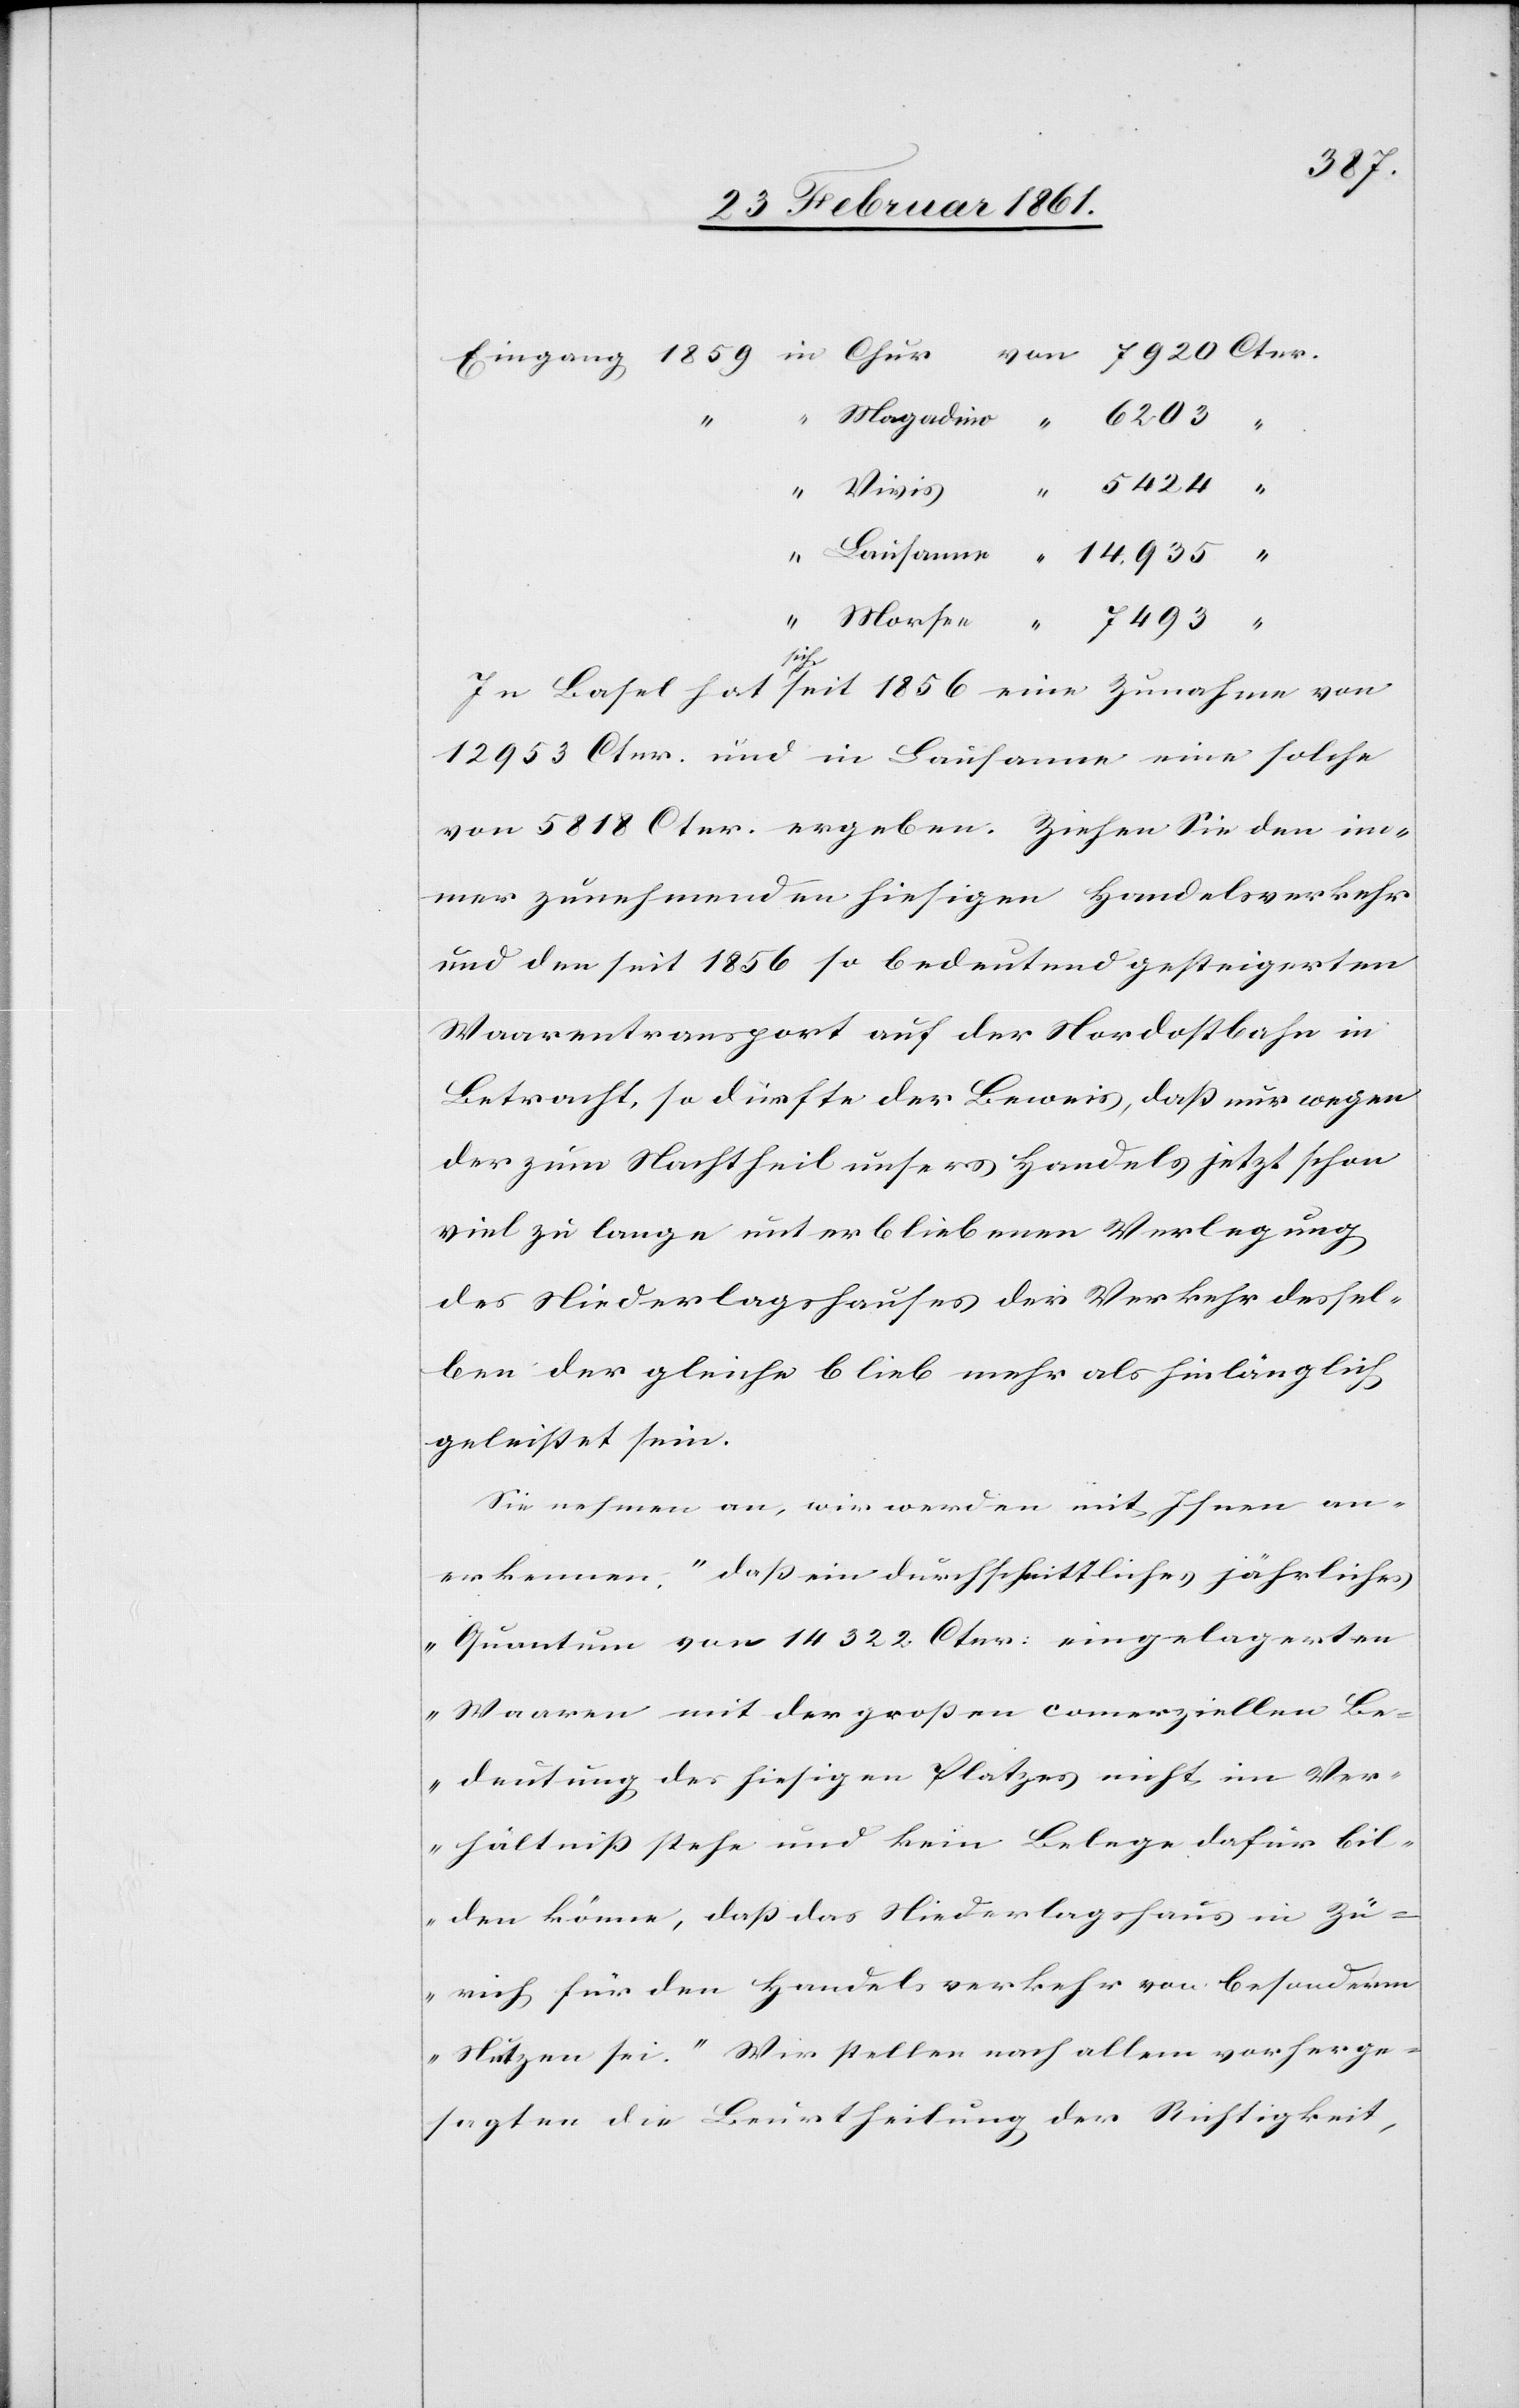
Ctnr.
In Basel hat sich seit 1856 eine Zunahme von
12 953 Ctnr. und in Lausanne eine solche
von 5818 Ctnr. ergeben. Ziehen Sie den im¬
mer zunehmenden hiesigen Handelsverkehr
und den seit 1856 so bedeutend gesteigerten
Waarentransport auf der Nordostbahn in
Betracht, so dürfte der Beweis, dass nur wegen
der zum Nachtheil unsers Handels jetzt schon
viel zu lange unterbliebenen Verlegung
des Niederlagshauses der Verkehr dessel¬
ben der gleiche blieb mehr als hinlänglich
geleistet sein.
Sie nehmen an, wir werden mit Ihnen an¬
erkennen, „dass ein durchschnittliches jährliches
Quantum von 14 322 Ctnr. eingelagerten
Waaren mit der grossen comerziellen Be¬
deutung des hiesigen Platzes nicht im Ver¬
hältniss stehe und kein[e] Belege dafür bil¬
den könne, dass das Niederlagshaus in Zü¬
rich für den Handelsverkehr von besonderm
Nutzen sei.“ Wir stellen nach allem vorherge¬
sagten die Beurtheilung der Richtigkeit,